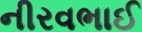
નીરવભાઈ